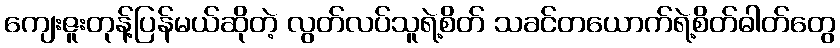
ကျေးဇူးတုန့်ပြန်မယ်ဆိုတဲ့ လွတ်လပ်သူရဲ့စိတ် သခင်တယောက်ရဲ့စိတ်ဓါတ်တွေ